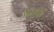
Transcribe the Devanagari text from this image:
अमुबा